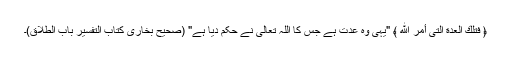
﴿ فَتِلْكَ الْعِدَّةُ الَّتِى أَمَرَ اللَّهُ ﴾ "یہی وہ عدت ہے جس کا اللہ تعالیٰ نے حکم دیا ہے" (صحیح بخاری کتاب التفسیر باب الطلاق)۔